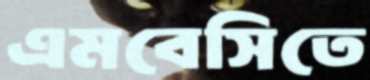
এমবেসিতে